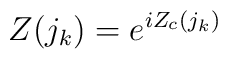
Z ({j _k}) = e ^{i Z_c ({j_k})}